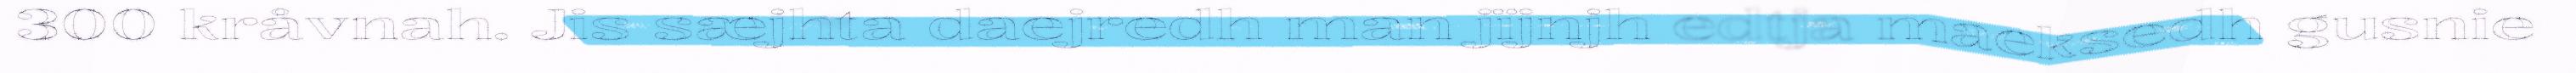
300 kråvnah. Jis sæjhta daejredh man jïjnjh edtja maeksedh gusnie